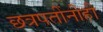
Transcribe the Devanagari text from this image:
छत्रपतींनीही